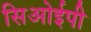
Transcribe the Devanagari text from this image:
सिओईपी